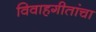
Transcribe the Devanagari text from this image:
विवाहगीतांचा